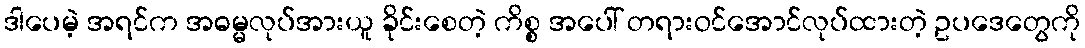
ဒါပေမဲ့ အရင်က အဓမ္မလုပ်အားယူ ခိုင်းစေတဲ့ ကိစ္စ အပေါ် တရားဝင်အောင်လုပ်ထားတဲ့ ဥပဒေတွေကို